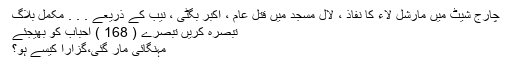
چارج شیٹ میں مارشل لاء کا نفاذ ، لال مسجد میں قتل عام ، اکبر بگٹی ، نیب کے ذریعے . . . مکمل بلاگ
تبصرہ کریں تبصرے ( 168 ) احباب کو بھیجئے
مہنگائی مار گئی،گزارا کیسے ہو؟